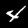
Digit: 4